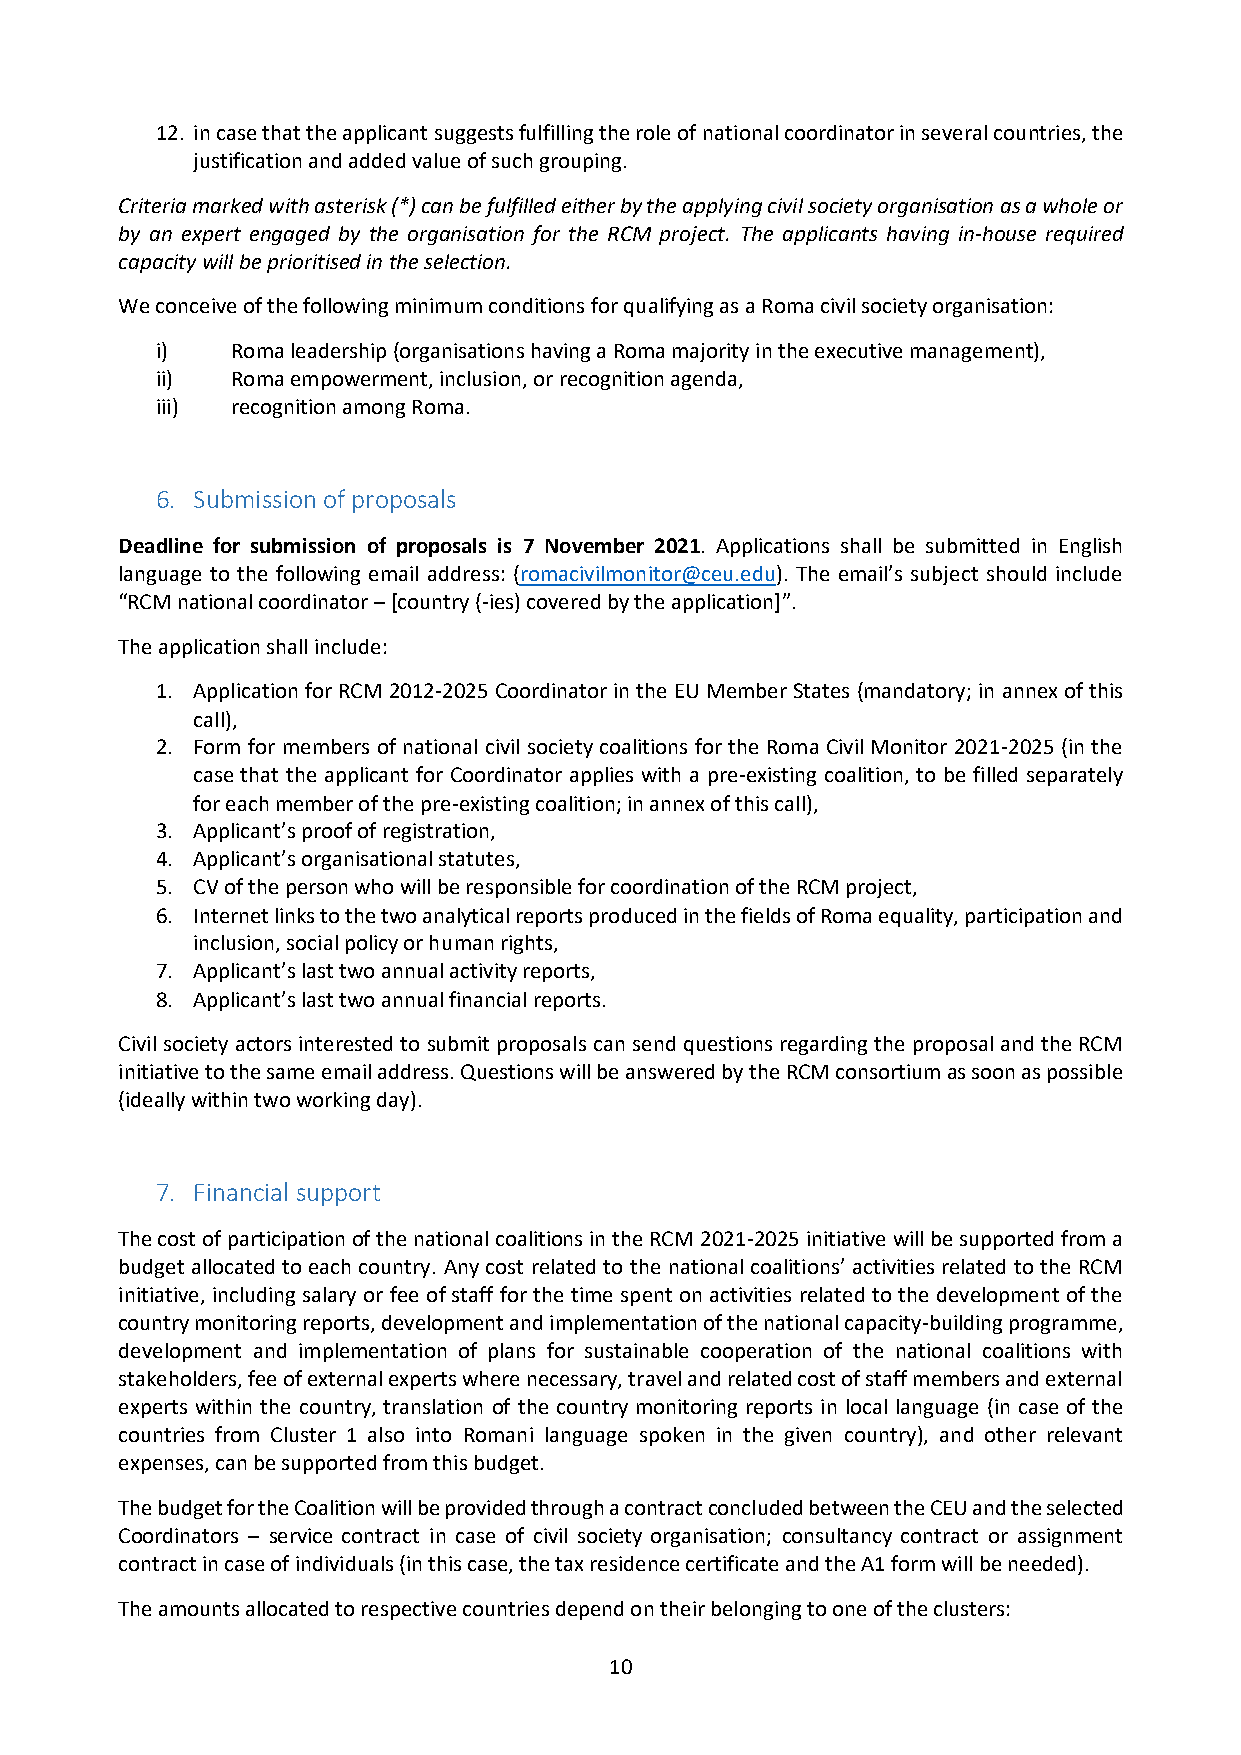
12. in case that the applicant suggests fulfilling the role of national coordinator in several countries, the
 justification and added value of such grouping.
 Criteria marked with asterisk (*) can be fulfilled either by the applying civil society organisation as a whole or
 by an expert engaged by the organisation for the RCM project. The applicants having in-house required
 capacity will be prioritised in the selection.
 We conceive of the following minimum conditions for qualifying as a Roma civil society organisation:
 i)   Roma leadership (organisations having a Roma majority in the executive management),
 ii)  Roma empowerment, inclusion, or recognition agenda,
 iii) recognition among Roma.
 6. Submission of proposals
 Deadline for submission of proposals is 7 November 2021. Applications shall be submitted in English
 language to the following email address: (romacivilmonitor@ceu.edu). The email’s subject should include
 “RCM national coordinator – [country (-ies) covered by the application]”.
 The application shall include:
 1. Application for RCM 2012-2025 Coordinator in the EU Member States (mandatory; in annex of this
 call),
 2. Form for members of national civil society coalitions for the Roma Civil Monitor 2021-2025 (in the
 case that the applicant for Coordinator applies with a pre-existing coalition, to be filled separately
 for each member of the pre-existing coalition; in annex of this call),
 3. Applicant’s proof of registration,
 4. Applicant’s organisational statutes,
 5. CV of the person who will be responsible for coordination of the RCM project,
 6. Internet links to the two analytical reports produced in the fields of Roma equality, participation and
 inclusion, social policy or human rights,
 7. Applicant’s last two annual activity reports,
 8. Applicant’s last two annual financial reports.
 Civil society actors interested to submit proposals can send questions regarding the proposal and the RCM
 initiative to the same email address. Questions will be answered by the RCM consortium as soon as possible
 (ideally within two working day).
 7. Financial support
 The cost of participation of the national coalitions in the RCM 2021-2025 initiative will be supported from a
 budget allocated to each country. Any cost related to the national coalitions’ activities related to the RCM
 initiative, including salary or fee of staff for the time spent on activities related to the development of the
 country monitoring reports, development and implementation of the national capacity-building programme,
 development and implementation of plans for sustainable cooperation of the national coalitions with
 stakeholders, fee of external experts where necessary, travel and related cost of staff members and external
 experts within the country, translation of the country monitoring reports in local language (in case of the
 countries from Cluster 1 also into Romani language spoken in the given country), and other relevant
 expenses, can be supported from this budget.
 The budget for the Coalition will be provided through a contract concluded between the CEU and the selected
 Coordinators – service contract in case of civil society organisation; consultancy contract or assignment
 contract in case of individuals (in this case, the tax residence certificate and the A1 form will be needed).
 The amounts allocated to respective countries depend on their belonging to one of the clusters:
 10